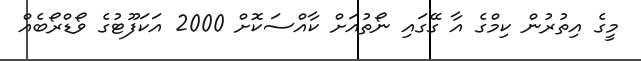
މީގެ އިތުރުން ކިމްގެ އާ ގޭގައި ނޯތުއަށް ކާއްސަކޮށް 2000 އަކަފޫޓުގެ ވޯޑްރޯބެއް